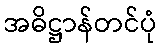
အဓိဋ္ဌာန်တင်ပုံ